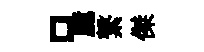
口臆繋傑